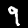
Label: 9